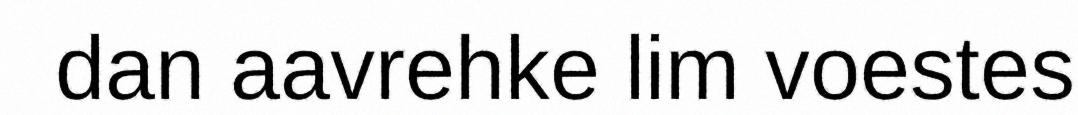
dan aavrehke lim voestes